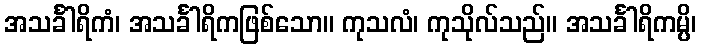
အသင်္ခါရိကံ၊ အသင်္ခါရိကဖြစ်သော။ ကုသလံ၊ ကုသိုလ်သည်။ အသင်္ခါရိကမ္ပိ၊